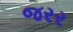
જરર